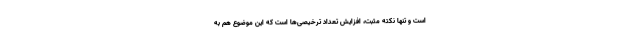
است و تنها نکته مثبت، افزایش تعداد ترخیصی‌ها است که این موضوع هم به